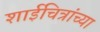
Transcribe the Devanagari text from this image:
शाईचित्रांच्या